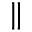
\|